Annual report on the Civil Veterinary Department, Burma (including the Insein Veterinary School) - 1932-1941
Year: 1932
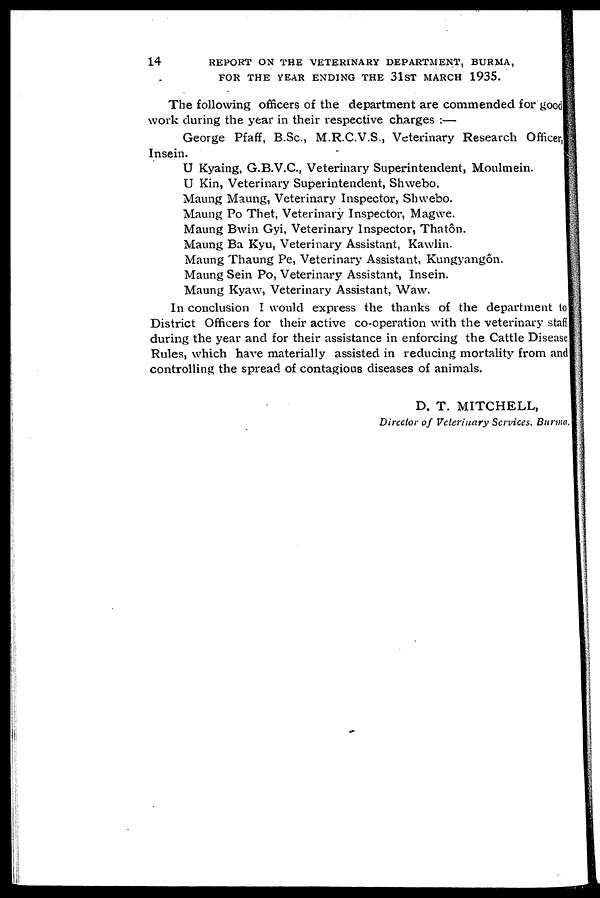
14
REPORT ON THE VETERINARY DEPARTMENT, BURMA,
FOR THE YEAR ENDING THE 31ST MARCH 1935.
The following officers of the department are commended for good
work during the year in their respective charges :—
George Pfaff, B.Sc., M.R.C.V.S., Veterinary Research Officer,
Insein.
U Kyaing, G.B.V.C., Veterinary Superintendent, Moulmein.
U Kin, Veterinary Superintendent, Shwebo.
Maung Maung, Veterinary Inspector, Shwebo.
Maung Po Thet, Veterinary Inspector, Magwe.
Maung Bwin Gyi, Veterinary Inspector, Thatôn.
Maung Ba Kyu, Veterinary Assistant, Kawlin.
Maung Thaung Pe, Veterinary Assistant, Kungyangôn.
Maung Sein Po, Veterinary Assistant, Insein.
Maung Kyaw, Veterinary Assistant, Waw.
In conclusion I would express the thanks of the department to
District Officers for their active co-operation with the veterinary staff
during the year and for their assistance in enforcing the Cattle Disease
Rules, which have materially assisted in reducing mortality from and
controlling the spread of contagious diseases of animals.
D. T. MITCHELL,
Director of Veterinary Services, Burma.